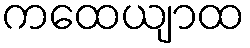
ကထေယျာထ